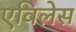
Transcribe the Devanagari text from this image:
एविलेस